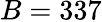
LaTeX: B=337